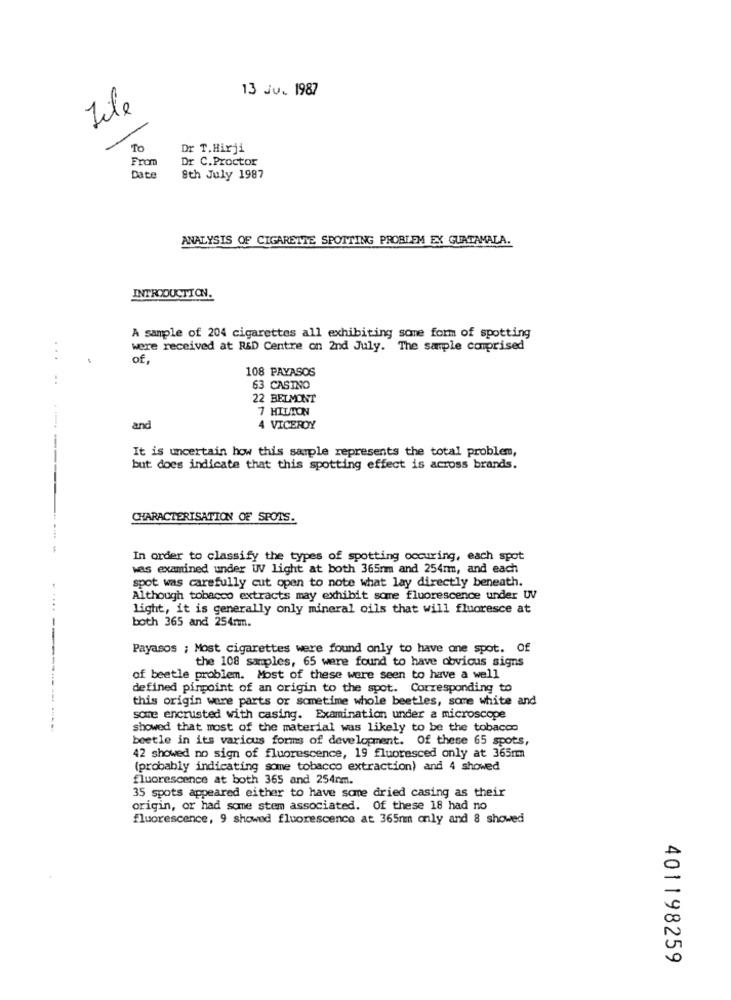
13 Jv. 1987
File
To
Dr T.Hirji
From
Dr C.Proctor
Date
8th July 1987
ANALYSIS OF CIGARETTE SPOTTING PROBLEM EX GUATAMALA.
INTRODUCTION.
A sample of 204 cigarettes all exhibiting some form of spotting
were received at R&D Centre on 2nd July. The sample comprised
...
of,
108 PAYASOS
..
63 CASTNO
22 BELMONT
7 HILTON
and
4 VICEROY
It is uncertain how this sample represents the total problem,
but does indicate that this spotting effect is across brands.
CHARACTERISATION OF SPOTS.
In order to classify the types of spotting occuring, each spot
was examined under UV light at both 365nm and 254mm, and each
spot was carefully cut open to note what lay directly beneath.
Although tobacco extracts may exhibit some fluorescence under UV
light, it is generally only mineral oils that will fluoresce at
both 365 and 254mm.
Payasos ; Most cigarettes were found only to have one spot. Of
the 108 samples, 65 were found to have obvious signs
of beetle problem. Most of these were seen to have a well
defined pinpoint of an origin to the spot. Corresponding to
this origin were parts or sometime whole beetles, some white and
some encrusted with casing. Examination under a microscope
..
showed that most of the material was likely to be the tobacco
beetle in its various forms of development. Of these 65 spots,
42 showed no sign of fluorescence, 19 fluoresced only at 365mm
(probably indicating some tobacco extraction) and 4 showed
fluorescence at both 365 and 254rm.
35 spots appeared either to have some dried casing as their
origin, or had some stem associated. Of these 18 had no
fluorescence, 9 showed fluorescence at 365nm only and 8 showed
401198259